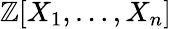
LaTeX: \mathbb{Z}[X_{1},\ldots,X_{n}]